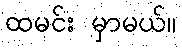
ထမင်း မှာမယ်။